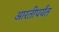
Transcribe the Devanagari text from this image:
आरतीपर्यंत